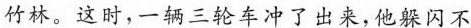
竹林。这时，一辆三轮车冲了出来，他躲闪不